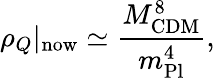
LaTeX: \rho_{Q}\vert_{\mathrm{now}}\simeq\frac{M_{\mathrm{CDM}}^{8}}{m_{\mathrm{Pl}}^{4}},